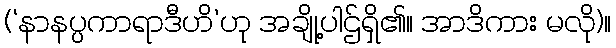
(‘နာနပ္ပကာရာဒီဟိ’ဟု အချို့ပါဌ်ရှိ၏။ အာဒိကား မလို)။